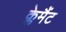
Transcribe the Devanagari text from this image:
क्लेमैंट